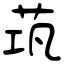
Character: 茿